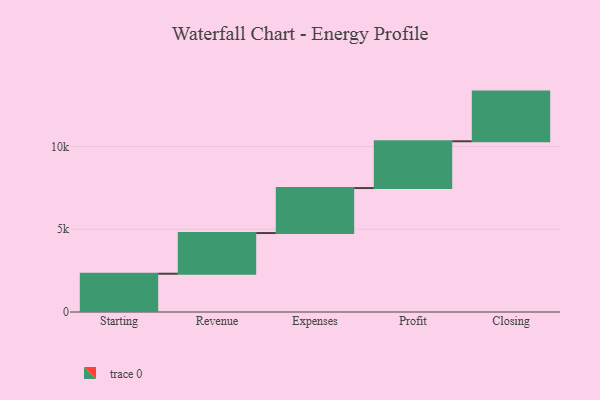
{"axis": {"x": "Step", "y": "Value"}, "legend": [""], "data": [{"x": "Starting", "y": 2312.0, "type": ""}, {"x": "Revenue", "y": 2458.0, "type": ""}, {"x": "Expenses", "y": 2718.0, "type": ""}, {"x": "Profit", "y": 2826.0, "type": ""}, {"x": "Closing", "y": 3000, "type": ""}]}